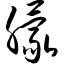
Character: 朦